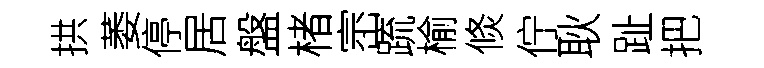
拱萎停居盤楮崈䟽榆倐佇耿趾把